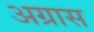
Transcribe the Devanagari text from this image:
अग्रास